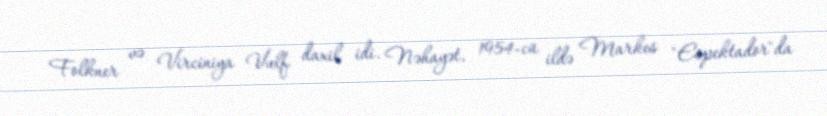
Folkner və Virciniya Vulf daxil idi. Nəhayət, 1954-cü ildə Markes "Espektador"da